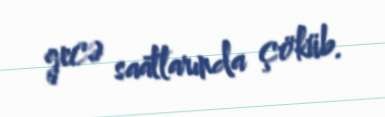
gecə saatlarında çöküb.